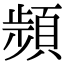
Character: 𩓯